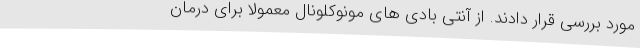
مورد بررسی قرار دادند. از آنتی بادی های مونوکلونال معمولا برای درمان